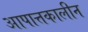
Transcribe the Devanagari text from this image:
आपात्तकालीन